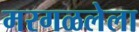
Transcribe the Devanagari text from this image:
मरगळलेला